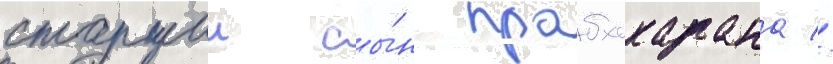
старшии сы́н прабхакарана //